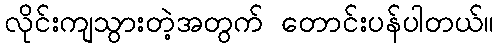
လိုင်းကျသွားတဲ့အတွက် တောင်းပန်ပါတယ်။